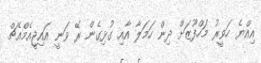
އިއްޔެ ހަވީރު މަހްފޫޒަށް ދިން ހަމަލާ އާއި ގުޅިގެން ރޭ ވަނީ އައިޖީއެމްއެޗް